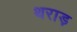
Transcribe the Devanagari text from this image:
थराड़